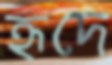
হৃদে